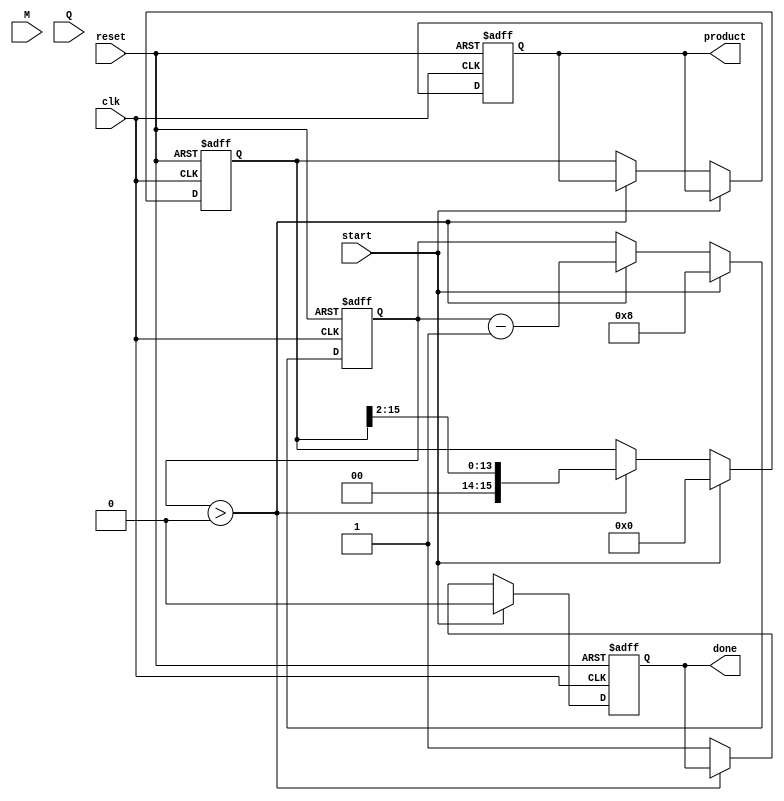
module booth_multiplier #(
    parameter WIDTH = 8 // Width of the multiplicand and multiplier
)(
    input signed [WIDTH-1:0] M, // Multiplicand
    input signed [WIDTH-1:0] Q, // Multiplier
    input start, // Start signal
    input clk, // Clock signal
    input reset, // Reset signal
    output reg signed [2*WIDTH-1:0] product, // Result of the multiplication
    output reg done // Done signal
);

    reg signed [2*WIDTH-1:0] A; // Accumulator
    reg [WIDTH-1:0] Q_reg; // Multiplier register
    reg [WIDTH:0] count; // Count register (one extra bit for overflow)
    reg Q_1; // Previous LSB of Q

    always @(posedge clk or posedge reset) begin
        if (reset) begin
            // Reset all registers
            A <= 0;
            Q_reg <= 0;
            count <= 0;
            Q_1 <= 0;
            product <= 0;
            done <= 0;
        end else if (start) begin
            // Initialize registers
            A <= 0;
            Q_reg <= Q;
            count <= WIDTH;
            Q_1 <= 0;
            done <= 0;
        end else if (count > 0) begin
            // Booth's algorithm
            case ({Q_reg[0], Q_1})
                2'b01: // Add M to A
                    A <= A + {M, {WIDTH{1'b0}}}; // Shift M left by WIDTH
                2'b10: // Subtract M from A
                    A <= A - {M, {WIDTH{1'b0}}}; // Shift M left by WIDTH
                default: // Do nothing
                    A <= A;
            endcase

            // Shift right (A, Q_reg, Q_1)
            {A, Q_reg} <= {A[2*WIDTH-1:1], Q_reg[WIDTH-1:1]};
            Q_1 <= Q_reg[0];

            // Decrement count
            count <= count - 1;
        end else begin
            // When done, store the product and set done signal
            product <= A;
            done <= 1;
        end
    end
endmodule